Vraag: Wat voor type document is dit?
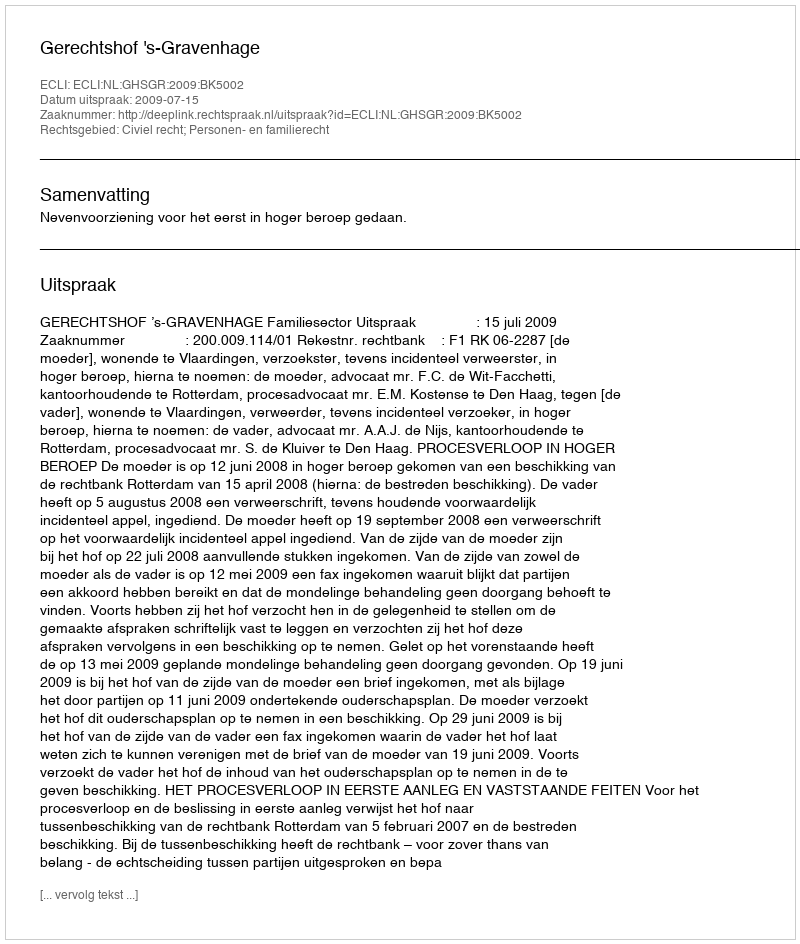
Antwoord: Uitspraak